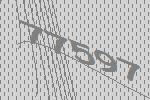
77597